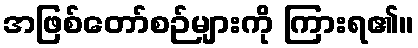
အဖြစ်တော်စဉ်များကို ကြားရ၏။